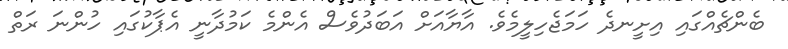
ބެންޗެއްގައި އިށީނދެ ހަމަޖެހިލީމެވެ. އާޔާއަށް އަބަދުވެސް އެންމެ ކަމުދާނީ އެޕާކުގައި ހުންނަ ރަތް